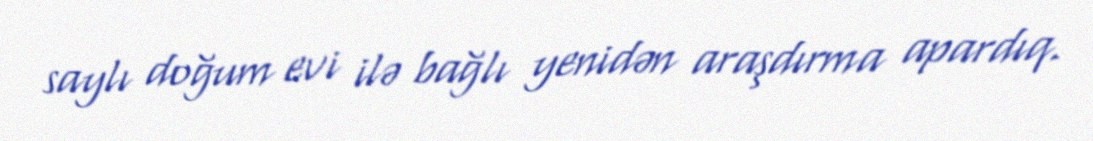
saylı doğum evi ilə bağlı yenidən araşdırma apardıq.